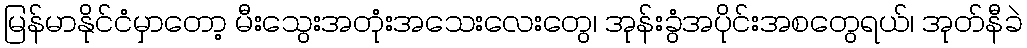
မြန်မာနိုင်ငံမှာတော့ မီးသွေးအတုံးအသေးလေးတွေ၊ အုန်းခွံအပိုင်းအစတွေရယ်၊ အုတ်နီခဲ